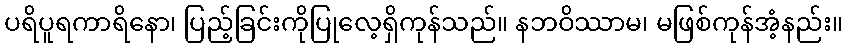
ပရိပူရကာရိနော၊ ပြည့်ခြင်းကိုပြုလေ့ရှိကုန်သည်။ နဘဝိဿာမ၊ မဖြစ်ကုန်အံ့နည်း။